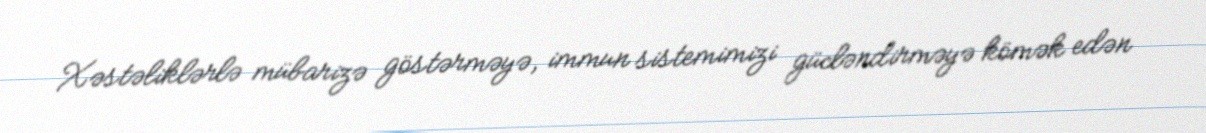
Xəstəliklərlə mübarizə göstərməyə, immun sistemimizi gücləndirməyə kömək edən